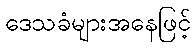
ဒေသခံများအနေဖြင့်